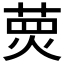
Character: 𤋂